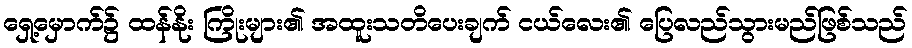
ရှေ့မှောက်၌ ထန်နိုး ကြိုးများ၏ အထူးသတိပေးချက် ငယ်လေး၏ ပြေလည်သွားမည်ဖြစ်သည်